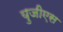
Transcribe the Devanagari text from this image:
युजीएस